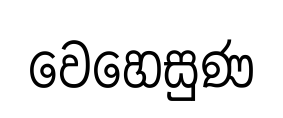
වෙහෙසුණ